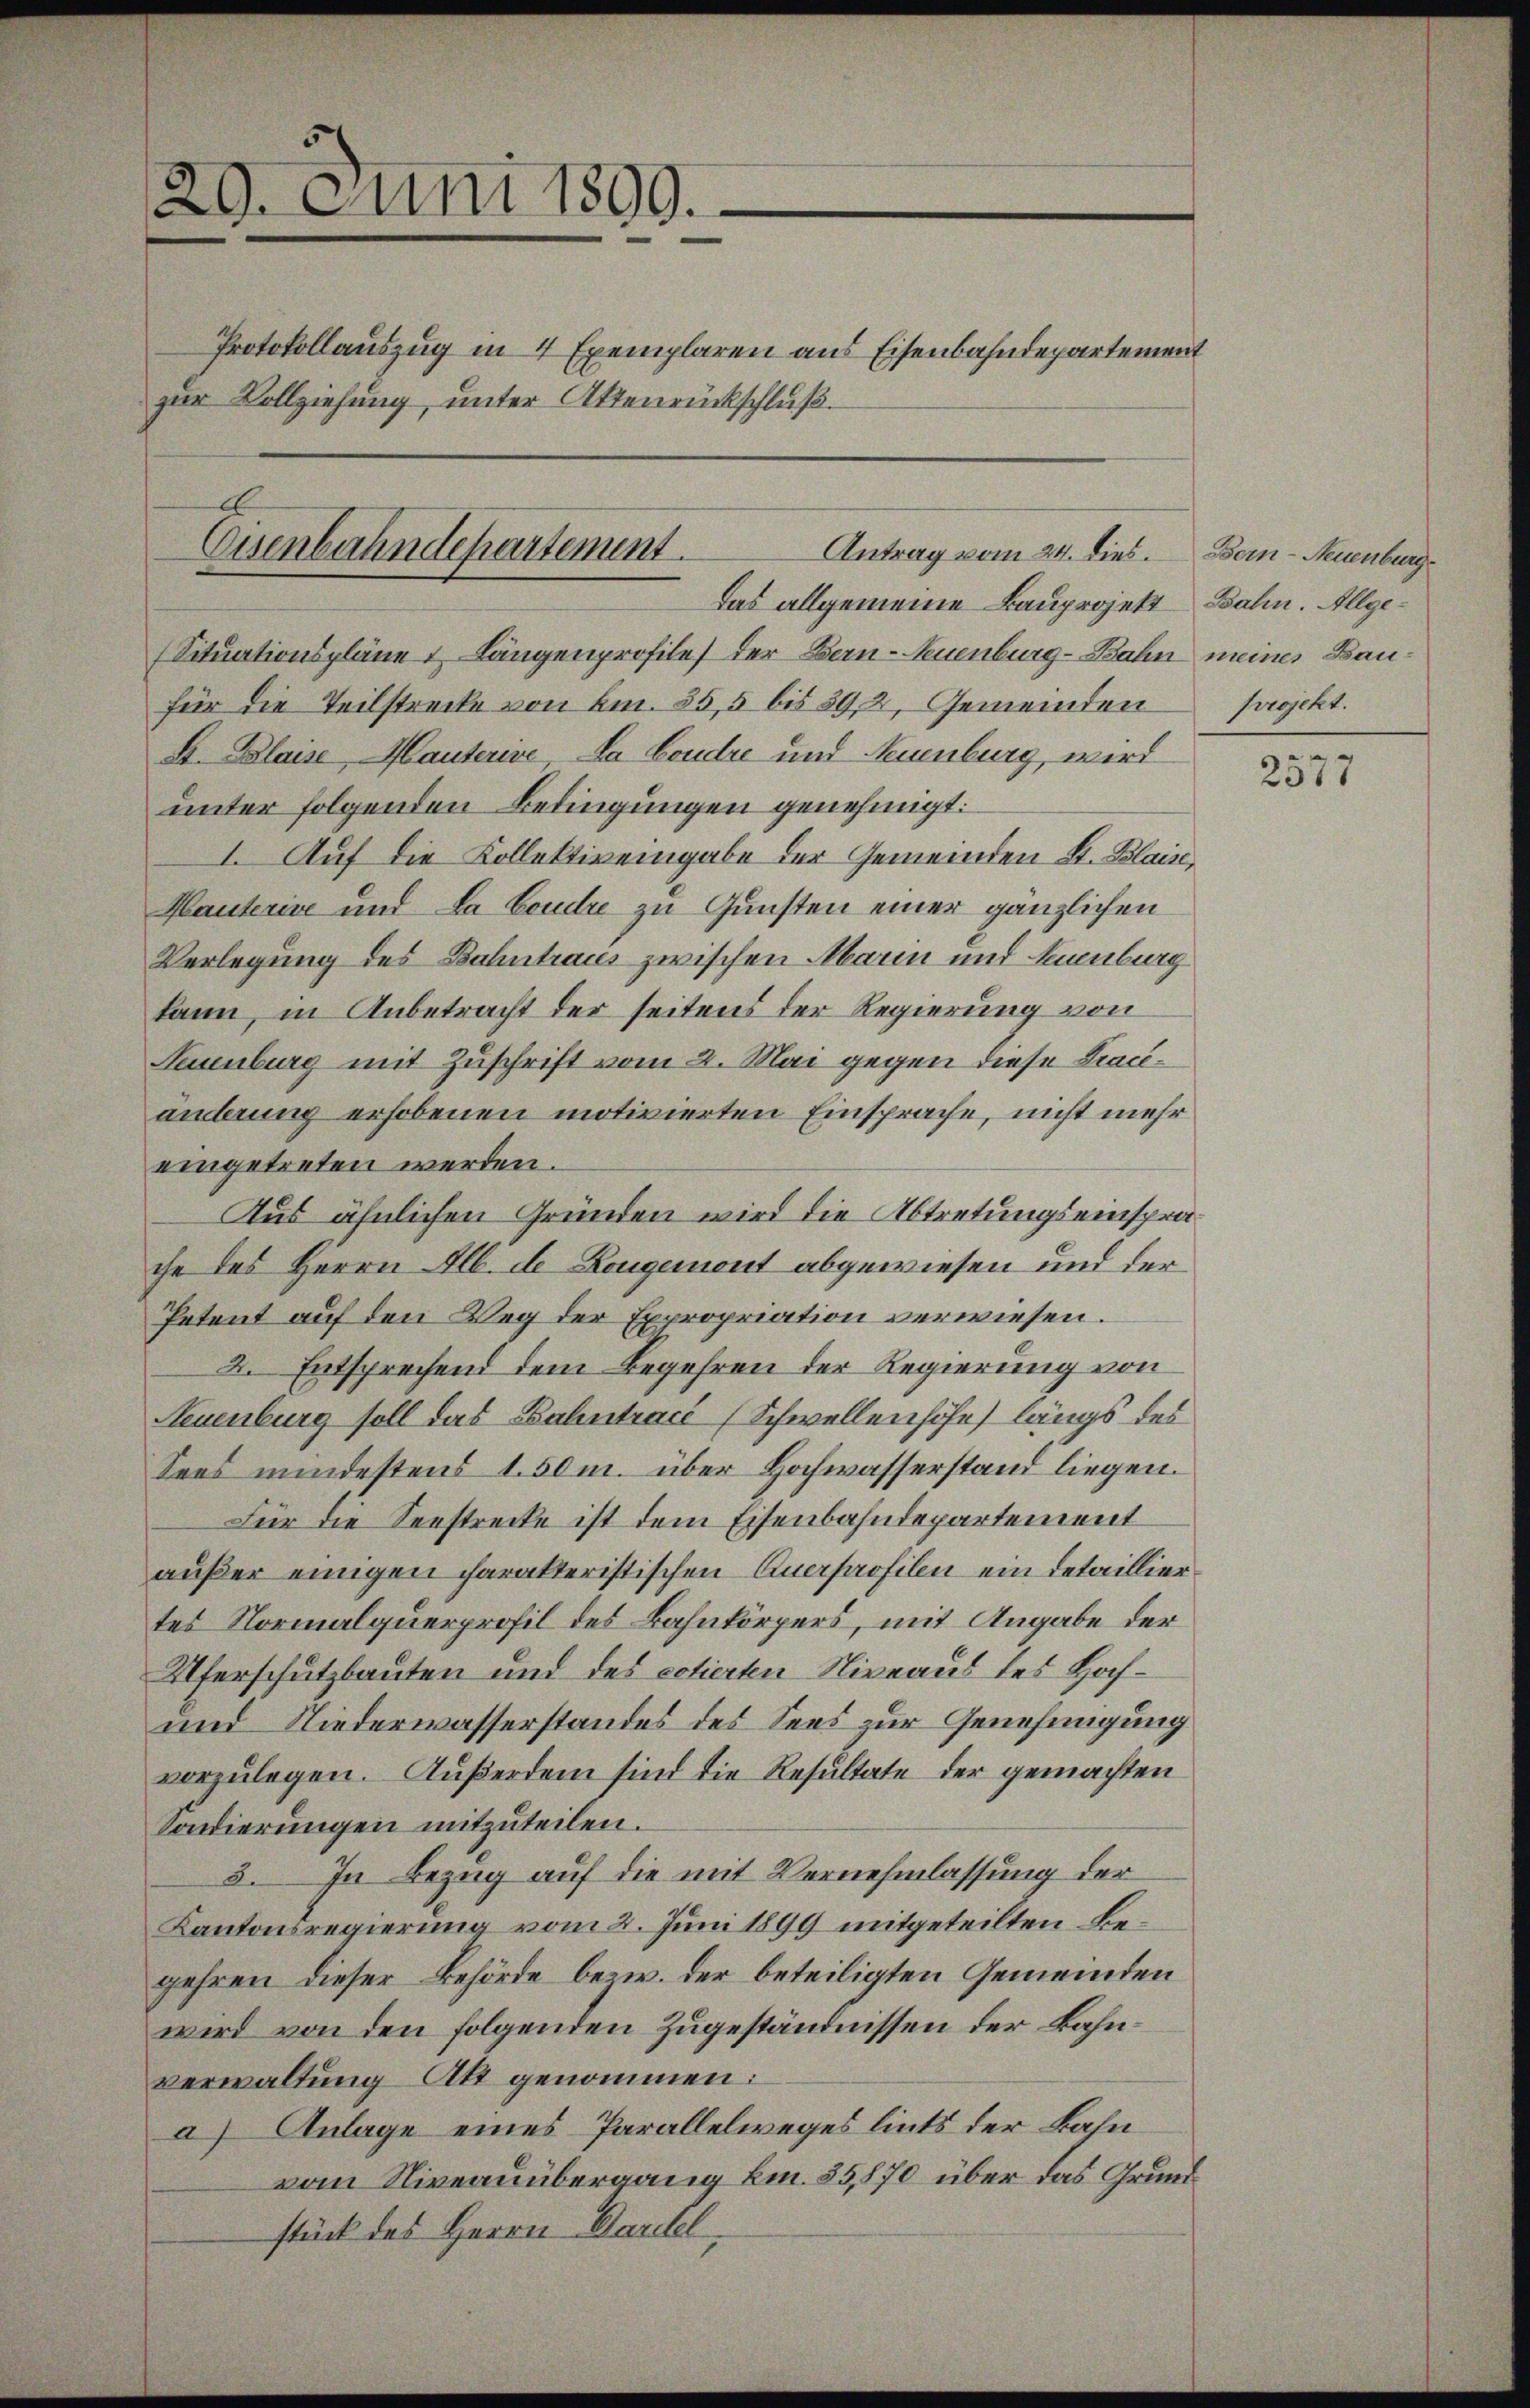
29. Juni 1899.
Protokollauszug in 4 Exemplaren aus Eisenbahndepartement
zur Vollziehung, unter Attenrückschluß

E
Antrag vom 24. dies.
Eisenbahndepartement.
Das allgemeine Bauprojekt Bahn. Allge¬

(Situationspläne & Längenprofile der Bern-Neuenburg-Bahn meines Baufür die Teilstrecke von Am. 35,5 bis 392, Gemeinden
S. Blaise, Mauterie, da Bondre und Neuenburg, wird
unter folgenden Bedingungen genehmigt.
I. Auf die Kollektiv eingabe der Gemeinden St. Blais,
Kauterie und da Erudie zu Gunsten einer gänzlichen
Verlegung des Bahntraces zwischen Marin und Neuenburg
kann, in Anbetracht der seitens der Regierung von
Seuenburg mit Zuschrift vom 2. Mai gegen diese Kracänderung erhobenen motivierten Einsprache, nicht mehr
eingetreten werden.
Aus ähnlichen Gründen wird die Abtretungseinsprache des Herrn Alb. de Lougemont abgewiesen und der
Petent auf den Weg der Expropriation verwiesen.
4. Entsprechend dem Begehren der Regierung von
Neuenburg soll das Bahntracé (Schwellenhöhe längs des
Sees mindestens 1.50m. über Hochwasserstand liegen.
Für die Seestrecke ist dem Eisenbahndepartement
außer einigen charakteristischen Querprofilen ein Detaillier
tes Normalquerprofil des Bahnkörpers, mit Angabe der
Uferschutzbauten und des citierten Niveaus des Hoch¬
und Niederwasserstandes des Sees zur Genehmigung
vorzulegen. Außerdem sind die Resultate der gemachten
Sondierungen mitzuteilen.
3. In Bezug auf die mit Vernehmlassung der
Kantonsregierung vom 2. Juni 1899 mitgeteilten Begehren dieser Behörde bezw. der beteiligten Gemeinden
wird von den folgenden Zugeständnissen der Bahnverwaltung Att genommen:
a) Anlage eines Parallelweges lints der Bahn
vom Niveauübergang km. 55,870 über das Grundstück des Herrn Darstel

Bern-Neuenburg.
projekt.

2577